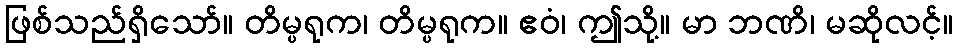
ဖြစ်သည်ရှိသော်။ တိမ္ပရုက၊ တိမ္ပရုက။ ဧဝံ၊ ဤသို့။ မာ ဘဏိ၊ မဆိုလင့်။